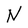
Character: N